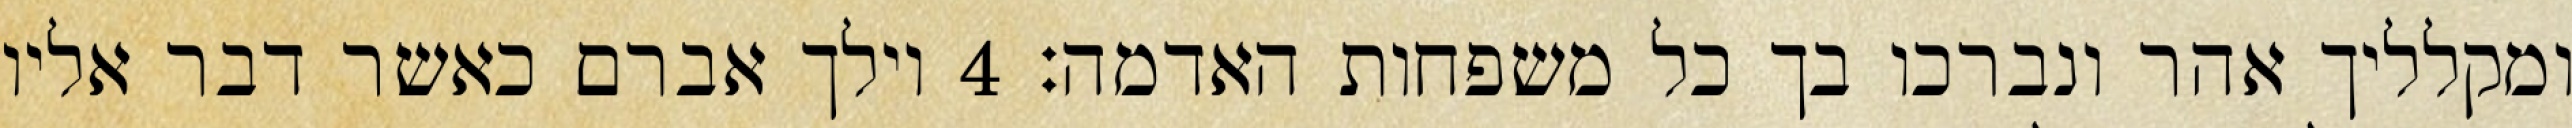
ומקלליך אהר ונברכו בך כל משפחות האדמה׃ ‎4‏ וילך אברם כאשר דבר אליו